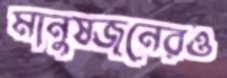
মানুষজনেরও